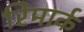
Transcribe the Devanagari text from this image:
रिमार्क